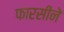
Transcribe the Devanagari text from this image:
फारसीने